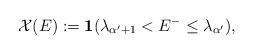
LaTeX: \begin{align*}\mathcal{X}(E):=\mathbf{1}( \lambda_{\alpha^{\prime}+1} < E^{-} \leq \lambda_{\alpha^{\prime}} ),\end{align*}